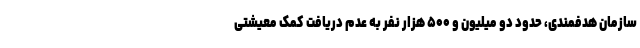
سازمان هدفمندی، حدود دو میلیون و ۵۰۰ هزار نفر به عدم دریافت کمک معیشتی